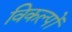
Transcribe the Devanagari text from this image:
विकल्‍पों